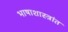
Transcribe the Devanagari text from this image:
भाषाशास्त्रांत